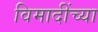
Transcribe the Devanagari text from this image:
विमादींच्या